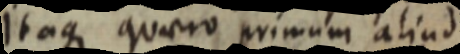
itaque quaero primum aliud